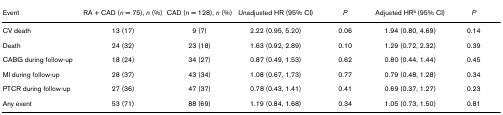
<table><thead><tr><td><b>Event</b></td><td><b>RA + CAD (<i>n </i>= 75), <i>n </i>(%)</b></td><td><b>CAD (<i>n </i>= 128), <i>n </i>(%)</b></td><td><b>Unadjusted HR (95% CI)</b></td><td><b><i>P</i></b></td><td><b>Adjusted HR<sup>b </sup>(95% CI)</b></td><td><b><i>P</i></b></td></tr></thead><tbody><tr><td>CV death</td><td>13 (17)</td><td>9 (7)</td><td>2.22 (0.95, 5.20)</td><td>0.06</td><td>1.94 (0.80, 4.69)</td><td>0.14</td></tr><tr><td>Death</td><td>24 (32)</td><td>23 (18)</td><td>1.63 (0.92, 2.89)</td><td>0.10</td><td>1.29 (0.72, 2.32)</td><td>0.39</td></tr><tr><td>CABG during follow-up</td><td>18 (24)</td><td>34 (27)</td><td>0.87 (0.49, 1.53)</td><td>0.62</td><td>0.80 (0.44, 1.44)</td><td>0.45</td></tr><tr><td>MI during follow-up</td><td>28 (37)</td><td>43 (34)</td><td>1.08 (0.67, 1.73)</td><td>0.77</td><td>0.79 (0.48, 1.28)</td><td>0.34</td></tr><tr><td>PTCR during follow-up</td><td>27 (36)</td><td>47 (37)</td><td>0.78 (0.43, 1.41)</td><td>0.41</td><td>0.69 (0.37, 1.27)</td><td>0.23</td></tr><tr><td>Any event</td><td>53 (71)</td><td>88 (69)</td><td>1.19 (0.84, 1.68)</td><td>0.34</td><td>1.05 (0.73, 1.50)</td><td>0.81</td></tr></tbody></table>